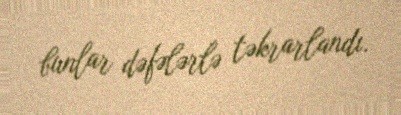
bunlar dəfələrlə təkrarlandı.